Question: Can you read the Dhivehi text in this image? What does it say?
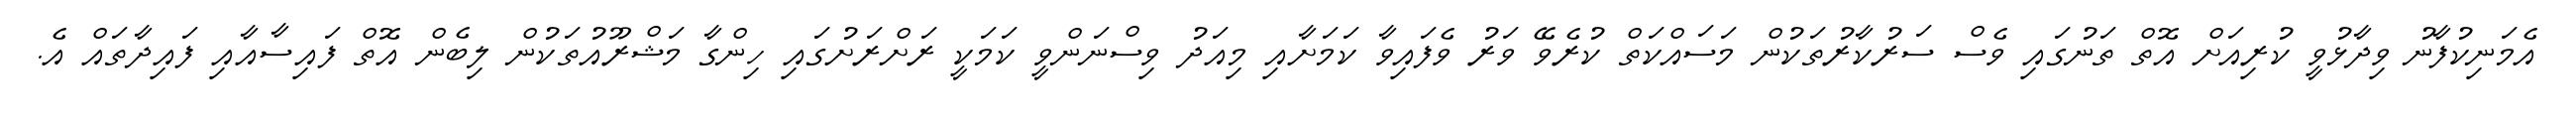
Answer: އެމަނިކުފާނު ވިދާޅުވީ ކުރިއަށް އޮތް ތަނުގައި ވެސް ސަރުކާރުތަކުން މަސައްކަތް ކުރެވޭ ވަރު ވެފައިވާ ކަމަށާއި މިއަދު ވިސްނަންވީ ކަމަކީ ރަށްރަށުގައި ހިންގާ މަޝްރޫއުތަކުން ލިބެން އޮތް ފައިސާއާއި ފައިދާތައް އެ.